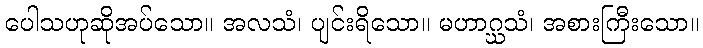
ပေါသဟုဆိုအပ်သော။ အလသံ၊ ပျင်းရိသော။ မဟာဂ္ဃသံ၊ အစားကြီးသော။